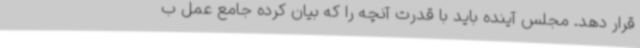
قرار دهد. مجلس آینده باید با قدرت آنچه را که بیان کرده جامع عمل ب